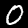
Label: 0